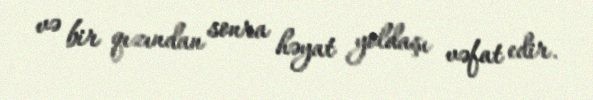
və bir qızından sonra həyat yoldaşı vəfat edir.